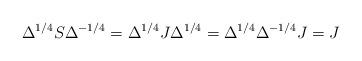
LaTeX: \begin{align*} \Delta^{1/4} S \Delta^{-1/4} = \Delta^{1/4} J \Delta^{1/4} = \Delta^{1/4}\Delta^{-1/4}J = J\end{align*}